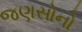
જણસોનો